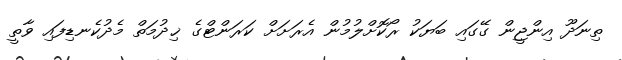
ތިނަދޫ އިންޖީން ގޭގައި ބަޔަކު ރޯކޮށްލުމުން އެރަށަށް ކަރަންޓްގެ ޚިދުމަތް މެދުކެނޑިފައި ވާތީ